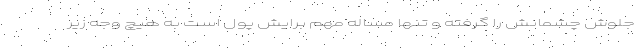
جلوش چشمانش را گرفته و تنها مساله مهم برایش پول است به هیچ وجه زیر